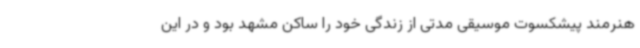
هنرمند پیشکسوت موسیقی مدتی از زندگی خود را ساکن مشهد بود و در این